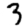
Digit: 3